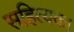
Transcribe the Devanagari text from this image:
सहित्यका